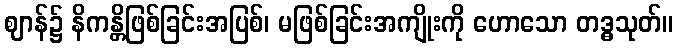
ဈာန်၌ နိကန္တိဖြစ်ခြင်းအပြစ်၊ မဖြစ်ခြင်းအကျိုးကို ဟောသော တဒ္ဓသုတ်။